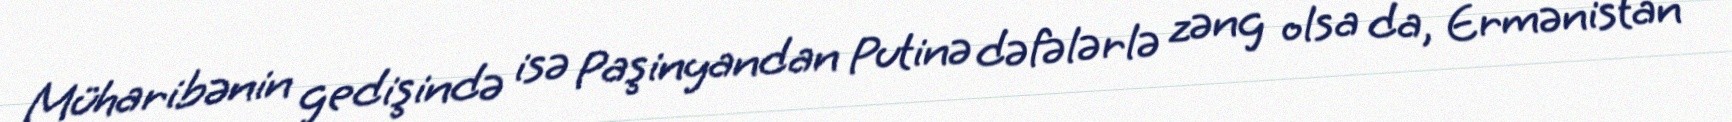
Müharibənin gedişində isə Paşinyandan Putinə dəfələrlə zəng olsa da, Ermənistan